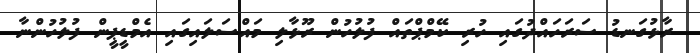
ރާޅުގަނޑު ސަރަހައްދުގައި ހުރި ކޭމްޕްތައް ފުލުހުން ރޫޅާލި މައްސަލައިގައި އެމްޑީޕީން ފުލުހުންނާ